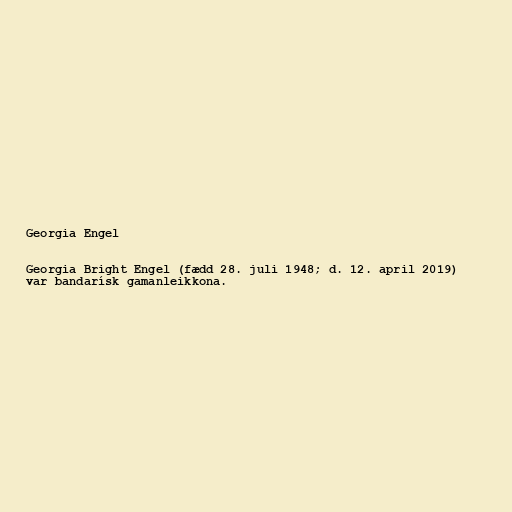
Georgia Engel

Georgia Bright Engel (fædd 28. juli 1948; d. 12. april 2019)
var bandarísk gamanleikkona.